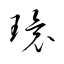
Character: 環